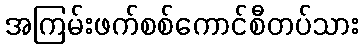
အကြမ်းဖက်စစ်ကောင်စီတပ်သား